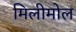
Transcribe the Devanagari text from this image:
मिलीमोल